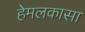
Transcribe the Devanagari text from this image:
हेमलकासा